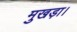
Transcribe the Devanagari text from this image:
मुखड़ा।